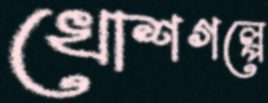
খোশগল্পে